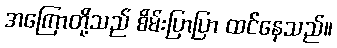
အကြောတို့သည် စိမ်းပြာပြာ ထင်နေသည်။